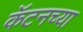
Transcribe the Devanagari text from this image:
कॅटनच्या